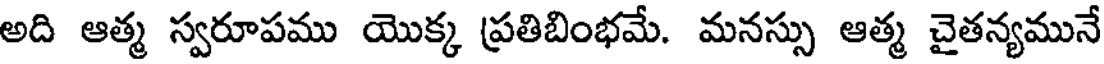
అది ఆత్మ స్వరూపము యొక్క ప్రతిబింభమే. మనస్సు ఆత్మ చైతన్యమునే